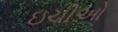
ઇચીઓ